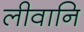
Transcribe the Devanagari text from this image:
लीवानि